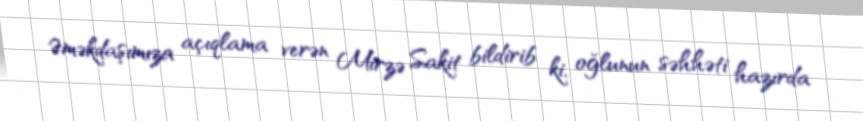
Əməkdaşımıza açıqlama verən Mirzə Sakit bildirib ki, oğlunun səhhəti hazırda